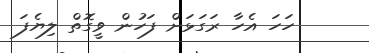
ހަހަ އެހާ ރަގަޅަށް ފަހުން ވީގޮތް ލިޔެފަ